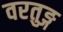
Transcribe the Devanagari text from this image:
वरतुङ्ग